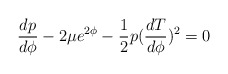
\begin{align*}\frac{dp}{d\phi} -2 \mu e^{2\phi}-\frac{1}{2} p (\frac{dT}{d\phi})^2=0\end{align*}